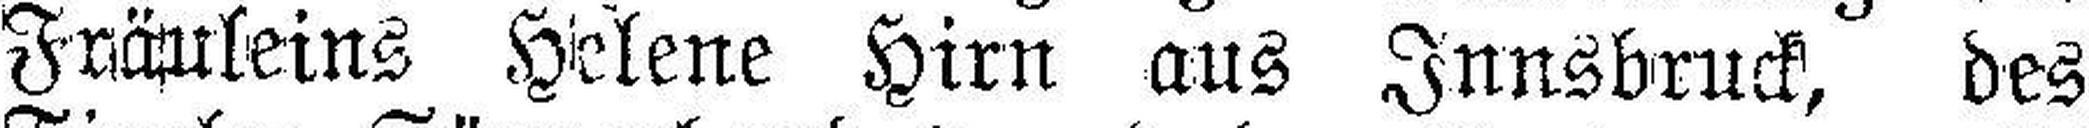
Fräuleins Helene Hirn aus Innsbruck, des